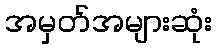
အမှတ်အများဆုံး